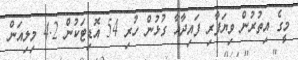
މީގެ އިތުރުން ވިޔަފާރި ފައިދާއާ ގުޅުން ހުރި 54 އޮޑިޓަކުން 4.2 މިލިއަން